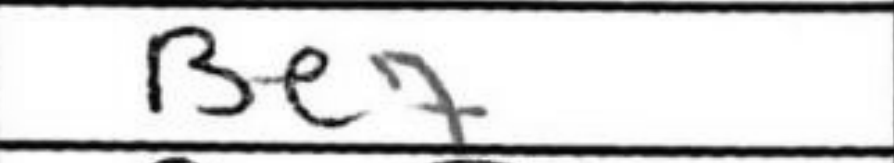
Transcription: Be7